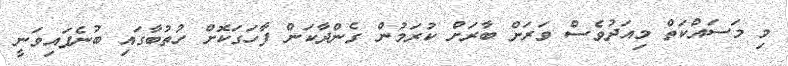
މި މަސައްކަތް މިއަދުވެސް ވަރަށް ބާރަށް ކުރަމުން ގެެންދާކަން ފާހަގަކޮށް ހުތުބާގައި ބުނެފައިވަނީ